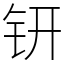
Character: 钘